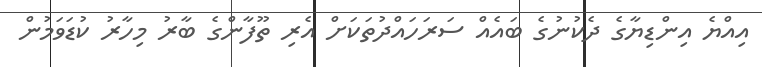
އިއްޔެ އިންޑިޔާގެ ދެކުނުގެ ބައެއް ސަރަހައްދުތަކަށް އެރި ތޫފާންގެ ބާރު މިހާރު ކުޑަވަމުން